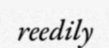
reedily